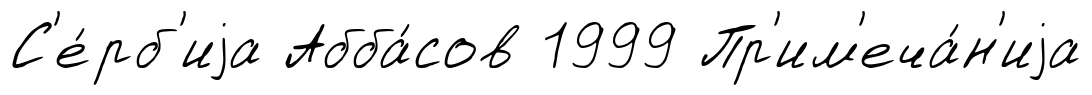
С'е́рб'иjа Абба́сов 1999 Пр'им'еча́н'иjа